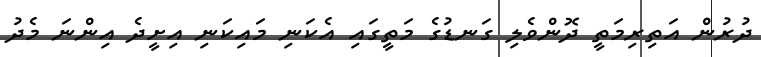
ދުރުން އަތިރިމަތީ ދޮންވެލި ގަނޑުގެ މަތީގައި އެކަނި މައިކަނި އިށީދެ އިންނަ މެދު